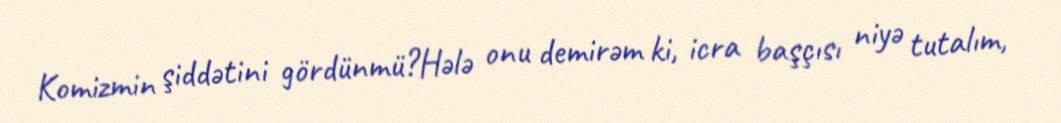
Komizmin şiddətini gördünmü?Hələ onu demirəm ki, icra başçısı niyə tutalım,